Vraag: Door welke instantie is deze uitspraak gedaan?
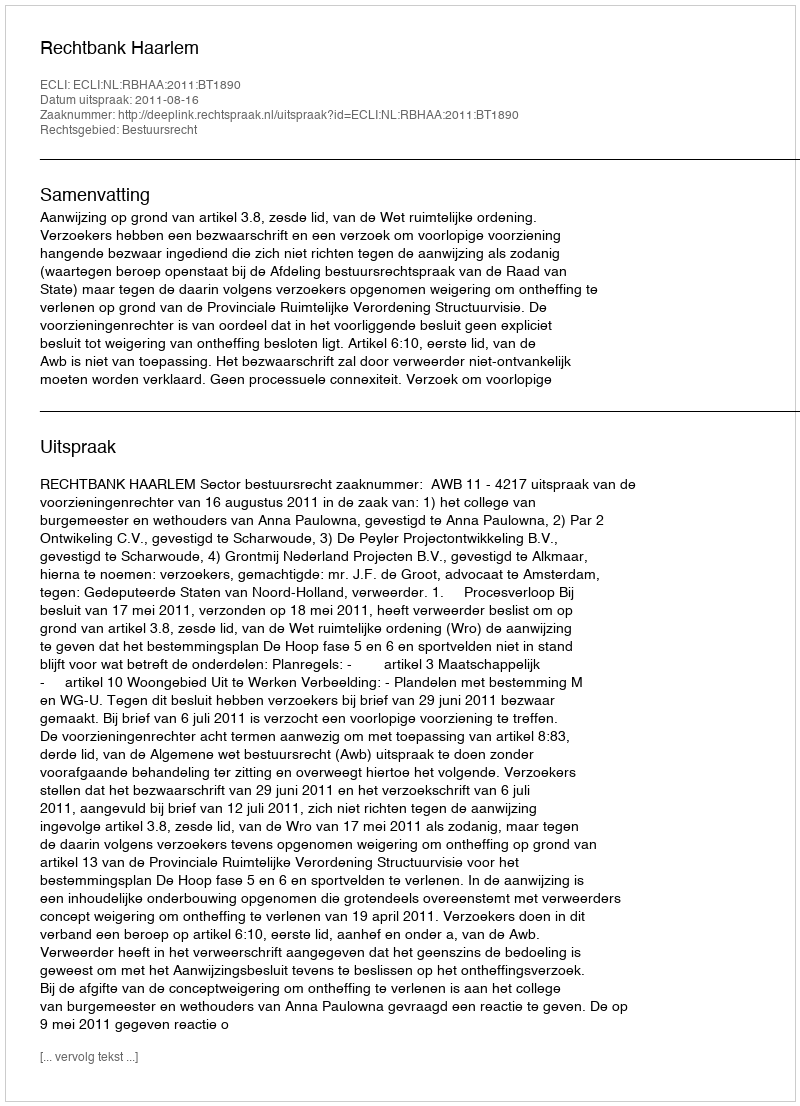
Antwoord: Rechtbank Haarlem